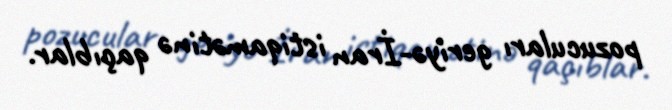
pozucuları geriyə-İran istiqamətinə qaçıblar.